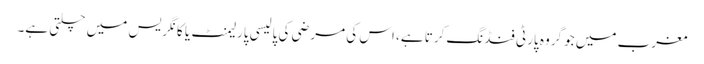
مغرب میں جو گروہ پارٹی فنڈنگ کرتا ہے، اس کی مرضی کی پالیسی پارلیمنٹ یا کانگریس میں چلتی ہے۔